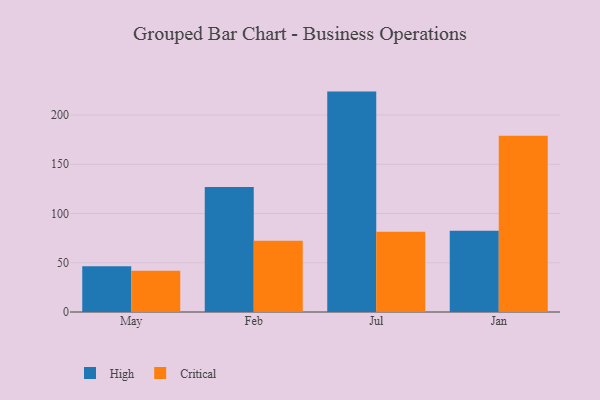
{"axis": {"x": "Month", "y": "Tickets Resolved"}, "legend": ["Critical", "High"], "data": [{"x": "May", "y": 46.5, "type": "High"}, {"x": "May", "y": 42.0, "type": "Critical"}, {"x": "Feb", "y": 127.0, "type": "High"}, {"x": "Feb", "y": 72.3, "type": "Critical"}, {"x": "Jul", "y": 223.8, "type": "High"}, {"x": "Jul", "y": 81.6, "type": "Critical"}, {"x": "Jan", "y": 82.4, "type": "High"}, {"x": "Jan", "y": 178.9, "type": "Critical"}]}